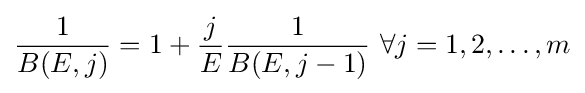
{\frac {1}{B(E,j)}}=1+{\frac {j}{E}}{\frac {1}{B(E,j-1)}}\ \forall {j}=1,2,\ldots ,m